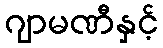
ဂျာမဏီနှင့်